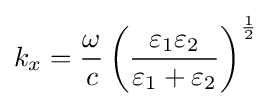
k_{x}={\frac {\omega }{c}}\left({\frac {\varepsilon _{1}\varepsilon _{2}}{\varepsilon _{1}+\varepsilon _{2}}}\right)^{\frac {1}{2}}